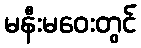
မနီးမဝေးတွင်